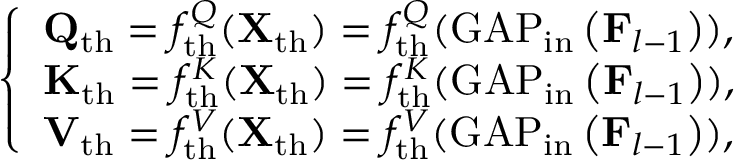
\left\{ \begin{array} { l l } { \mathbf { Q } _ { \mathrm { t h } } = f _ { \mathrm { t h } } ^ { Q } ( \mathbf { X } _ { \mathrm { t h } } ) = f _ { \mathrm { t h } } ^ { Q } ( \operatorname { G A P } _ { \mathrm { i n } } \left( \mathbf { F } _ { l - 1 } \right) ) , } \\ { \mathbf { K } _ { \mathrm { t h } } = f _ { \mathrm { t h } } ^ { K } ( \mathbf { X } _ { \mathrm { t h } } ) = f _ { \mathrm { t h } } ^ { K } ( \operatorname { G A P } _ { \mathrm { i n } } \left( \mathbf { F } _ { l - 1 } \right) ) , } \\ { \mathbf { V } _ { \mathrm { t h } } = f _ { \mathrm { t h } } ^ { V } ( \mathbf { X } _ { \mathrm { t h } } ) = f _ { \mathrm { t h } } ^ { V } ( \operatorname { G A P } _ { \mathrm { i n } } \left( \mathbf { F } _ { l - 1 } \right) ) , } \end{array} \right.